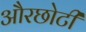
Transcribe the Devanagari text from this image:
औरछोटी